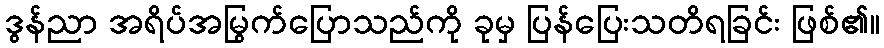
ဒွန်ညာ အရိပ်အမြွက်ပြောသည်ကို ခုမှ ပြန်ပြေးသတိရခြင်း ဖြစ်၏။